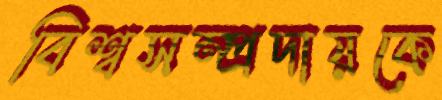
বিশ্বসম্প্রদায়কে